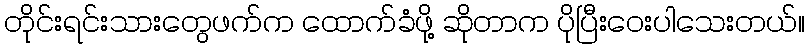
တိုင်းရင်းသားတွေဖက်က ထောက်ခံဖို့ ဆိုတာက ပိုပြီးဝေးပါသေးတယ်။